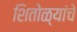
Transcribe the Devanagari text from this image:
शितोळ्यांचे